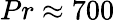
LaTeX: Pr\approx 700